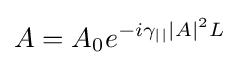
A=A_{0}e^{-i\gamma _{||}|A|^{2}L}